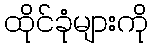
ထိုင်ခုံများကို